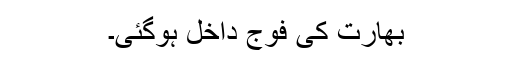
بھارت کی فوج داخل ہوگئی۔